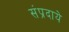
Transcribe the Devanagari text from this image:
संप्रदाये